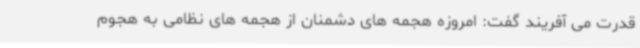
قدرت می آفریند گفت: امروزه هجمه های دشمنان از هجمه های نظامی به هجوم